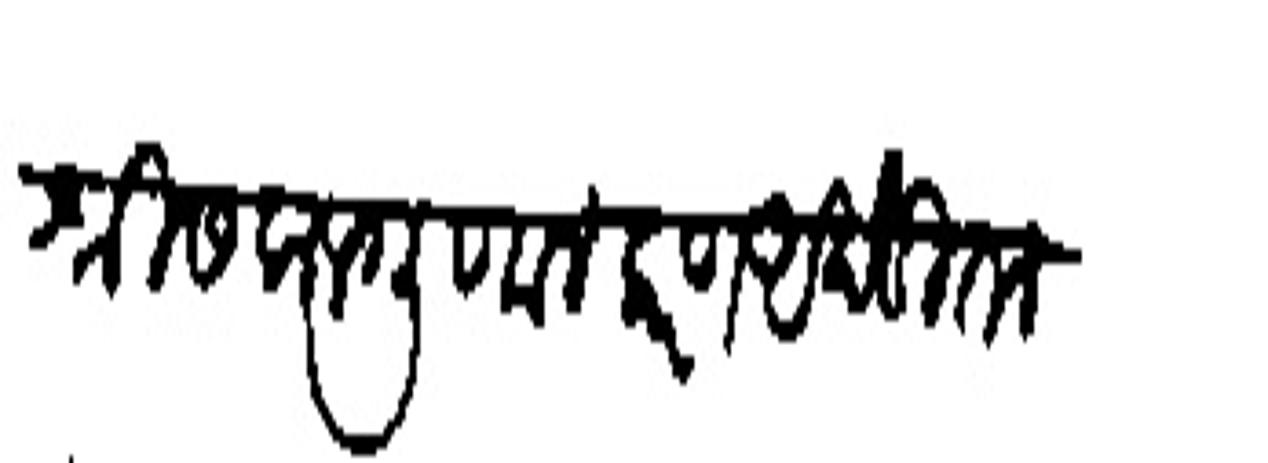
Transliteration (Devanagari): ४ श्री सकलगुणालंकरण अखंडित लक्ष्मी